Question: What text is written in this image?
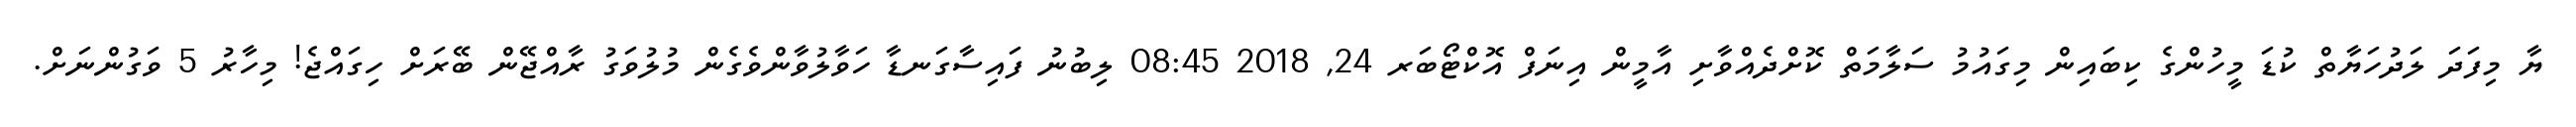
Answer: ޔާ މިފަދަ ލަދުހަޔާތް ކުޑަ މީހުންގެ ކިބައިން މިގައުމު ސަލާމަތް ކޮށްދެއްވާށި އާމީން އިނަފް އޮކްޓޯބަރ 24, 2018 08:45 ލިބުނު ފައިސާގަނޑާ ހަވާލުވާންވެގެން މުލުވަގު ރާއްޖޭން ބޭރަށް ހިގައްޖެ! މިހާރު 5 ވަގުންނަށް.